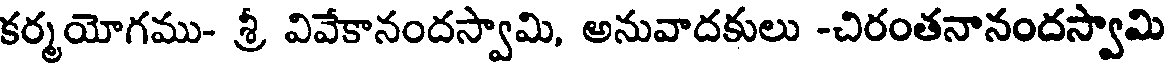
కర్మయోగము- శ్రీ వివేకానందస్వామి, అనువాదకులు -చిరంతనానందస్వామి